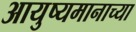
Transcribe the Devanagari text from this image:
आयुष्यमानाच्या